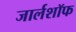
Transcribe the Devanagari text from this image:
जार्लशॉफ